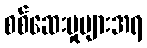
စစ်ဆေးမှုများအရ